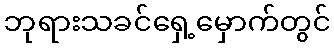
ဘုရားသခင်ရှေ့မှောက်တွင်